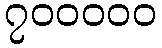
၇၀၀၀၀၀